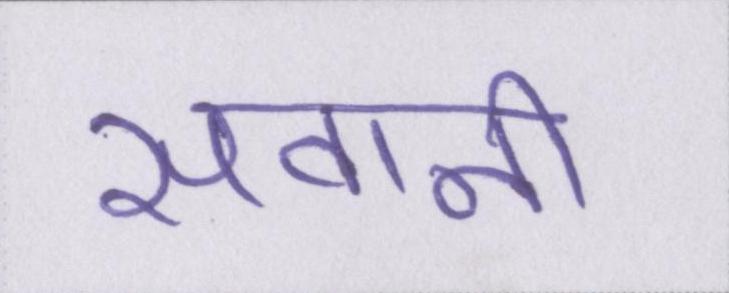
सवानी